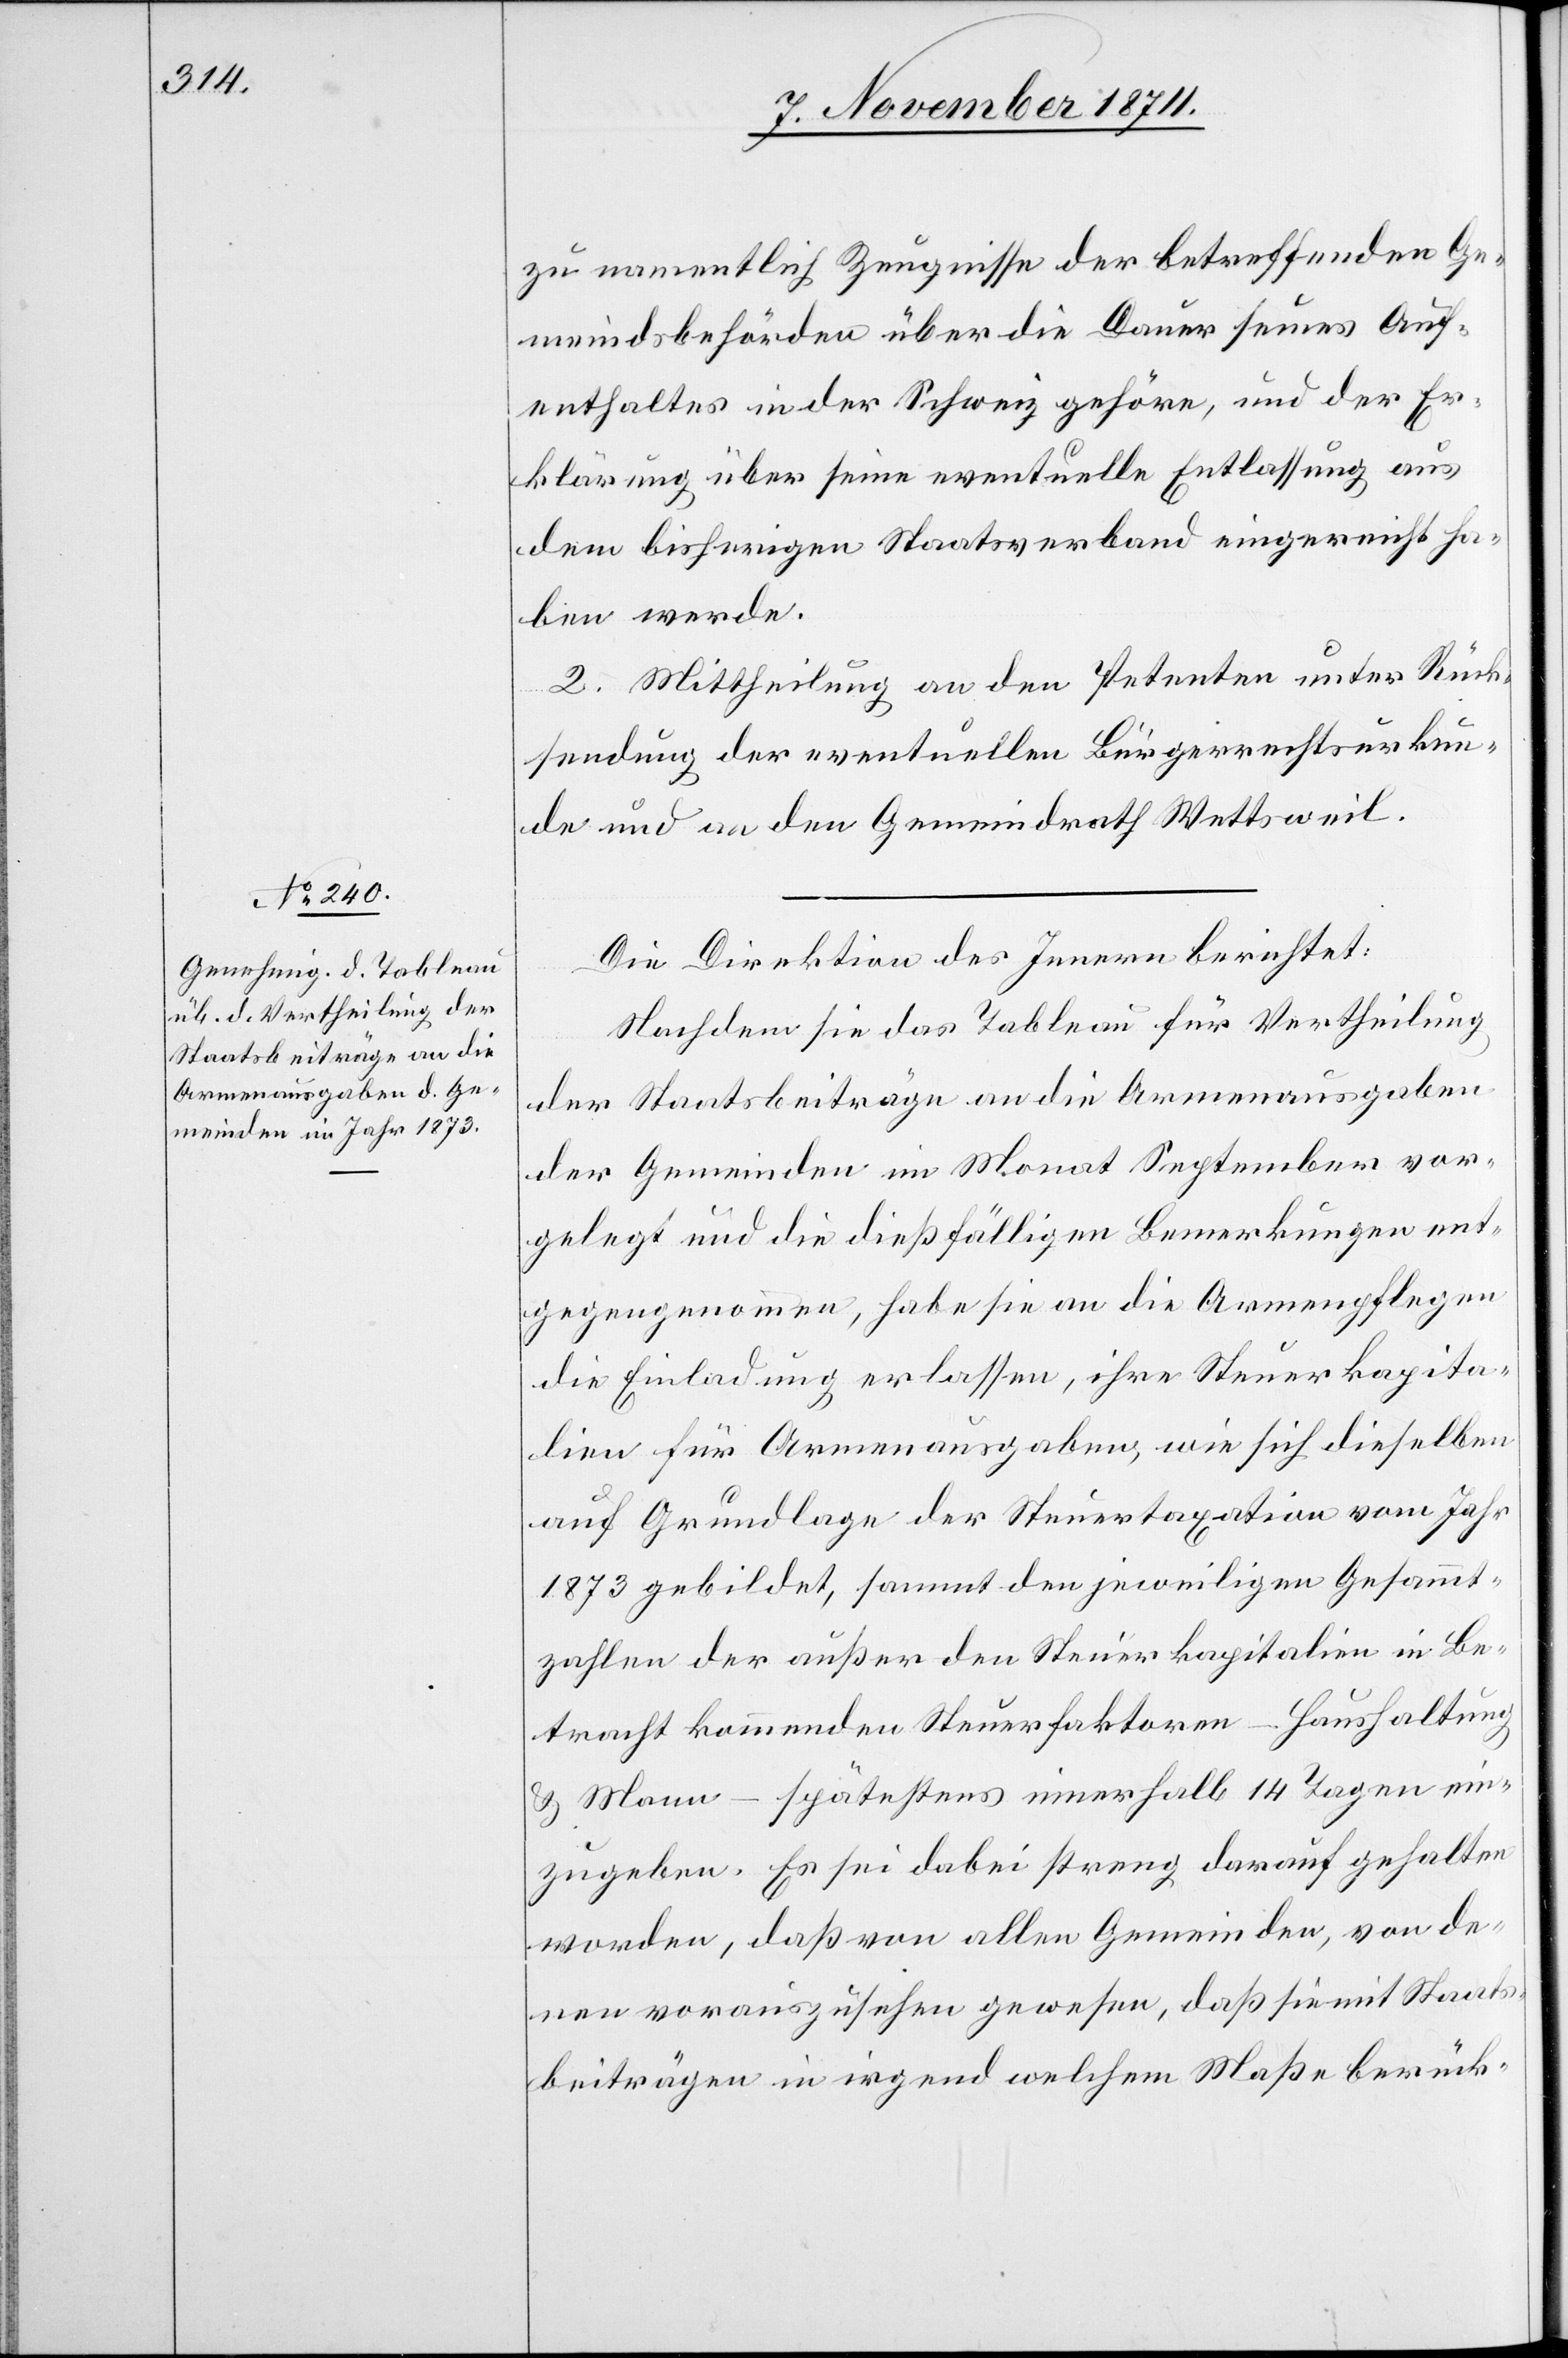
zu namentlich Zeugnisse der betreffenden Ge¬
meindsbehörden über die Dauer seines Auf¬
enthaltes in der Schweiz gehöre, und der Er¬
klärung über seine eventuelle Entlassung aus
dem bisherigen Staatsverband eingereicht ha¬
ben werde.
2. Mittheilung an den Petenten unter Rück¬
sendung der eventuellen Bürgerrechtsurkun¬
de und an den Gemeindrath Wettsweil.
Die Direktion des Innern berichtet:
Nachdem sie das Tableau für Vertheilung
der Staatsbeiträge an die Armenausgaben
der Gemeinden im Monat September vor¬
gelegt und die dießfälligen Bemerkungen ent¬
gegengenommen, habe sie an die Armenpflegen
die Einladung erlassen, ihre Steuerkapita¬
lien für Armenausgaben, wie sich dieselben
auf Grundlage der Steuertaxation vom Jahr
1873 gebildet, sammt den jeweiligen Gesammt¬
zahlen der außer den Steuerkapitalien in Be¬
tracht kommenden Steuerfaktoren – Haushaltung
& Mann – spätestens innerhalb 14 Tagen ein¬
zugeben. Es sei dabei streng darauf gehalten
worden, daß von allen Gemeinden, von de¬
nen vorauszusehen gewesen, daß sie mit Staats¬
beiträgen in irgend welchem Maße berück-